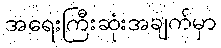
အရေးကြီးဆုံးအချက်မှာ